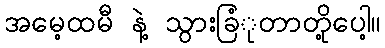
အမေ့ထမီ နဲ့ သွားခြံုတာတို့ပေါ့။